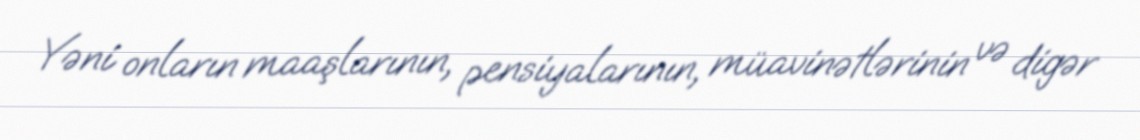
Yəni onların maaşlarının, pensiyalarının, müavinətlərinin və digər